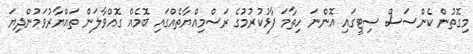
މިގޮތުން ކެންސަސް ސިޓީގައި އޮންނަ ހިތާމަ ފާޅުކުރުމުގެ ރަސްމިއްޔާތެއްގައި ބޮމެއް ގޮއްވާލަން ތައްޔާރުވަމުންދިޔަ